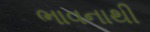
ભાવનાથી